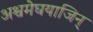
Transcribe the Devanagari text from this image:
अश्वमेघयाजिन्